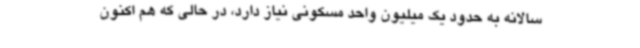
سالانه به حدود یک میلیون واحد مسکونی نیاز دارد، در حالی که هم اکنون